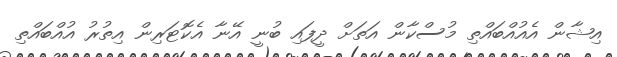
އިޝާން އެއުއްބައްތި މުސްކާން އަތަށް ދީފައި ބުނީ އޭނާ އެކޮޓަރިން އިތުރު އުއްބައްތި